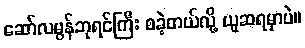
ဆော်လမွန်ဘုရင်ကြီး စခဲ့တယ်လို့ ယူဆရမှာပဲ။